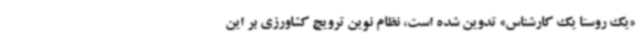
«یک روستا یک کارشناس» تدوین شده است، نظام نوین ترویج کشاورزی بر این